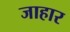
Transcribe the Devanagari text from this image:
जाहार